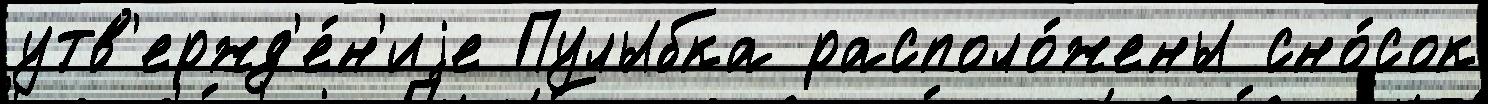
утв'ержд'е́н'иjе Пулыбка располо́жены сно́сок